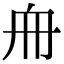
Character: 𠂨